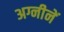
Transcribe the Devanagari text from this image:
अग्नीनें